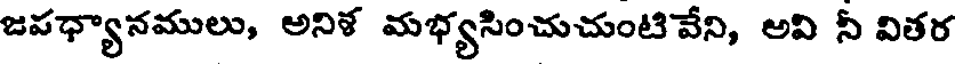
జపధ్యానములు, అనిళ మభ్యసించుచుంటి వేని, అవి నీ వితర